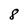
Character: 8